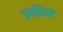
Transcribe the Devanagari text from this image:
उगलियॊं